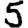
Digit: 5